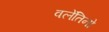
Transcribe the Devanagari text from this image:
वलेंतिनो